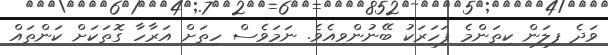
ވަދެ ފިލަން ކިތަންމެ ފަހަރަކު ބޭނުންވިއެވެ. ނަމަވެސް ހިތަށް އަރާހާ ގޮތަކަށް ކަންތައް